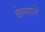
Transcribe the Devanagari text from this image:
वेल्साने